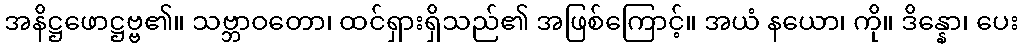
အနိဋ္ဌဖောဋ္ဌဗ္ဗ၏။ သဗ္ဘာဝတော၊ ထင်ရှားရှိသည်၏ အဖြစ်ကြောင့်။ အယံ နယော၊ ကို။ ဒိန္နော၊ ပေး